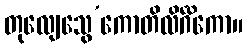
တုလျေသွေ’ကောတိလိင်္ဂိကော။